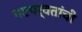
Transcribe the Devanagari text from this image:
गटपर्वतांची